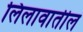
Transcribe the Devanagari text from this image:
लिलावातील